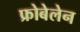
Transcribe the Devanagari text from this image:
फ्रोबेलेन